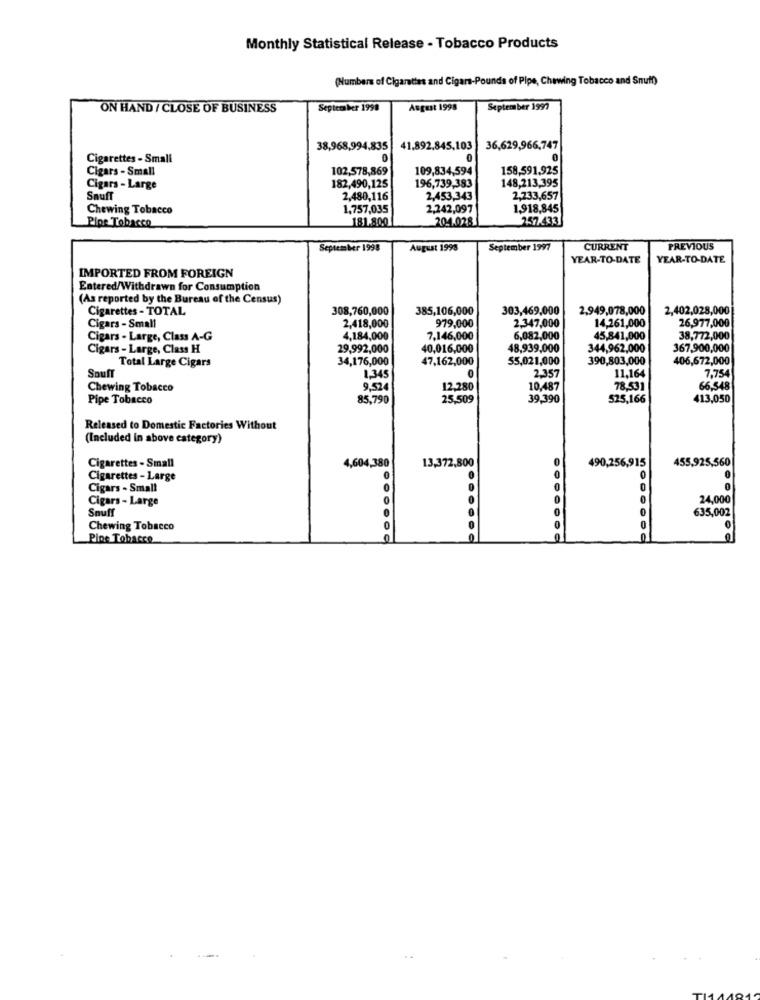
Monthly Statistical Release - Tobacco Products
(Numbers of Cigarettes and Cigars-Pounds of Pipe, Chewing Tobacco and Snuff)
ON HAND / CLOSE OF BUSINESS
September 1998
August 1998
September 1997
38,968,994.835
41,892.845,103
36,629,966,747
Cigarettes - Small
0
0
0
Cigars - Small
102,578,869
109,834,594
158,591,925
148,213,395
Cigars - Large
182,490,125
196,739,383
Snuff
2,480,116
2,453,343
2,233,657
Chewing Tobacco
1,757,035
2,242,097
1,918,845
Pipe Tobacco
181,800
204.028
257.433
September 1998
August 1998
September 1997
CURRENT
PREVIOUS
YEAR-TO-DATE
YEAR-TO-DATE
IMPORTED FROM FOREIGN
Entered/Withdrawn for Consumption
(As reported by the Bureau of the Census)
Cigarettes - TOTAL
308,760,000
385,106,000
303,469,000
2,949,078,000
2,402,028,000
Cigars - Small
2,418,000
979,000
2,347,000
14,261,000
26,977,000
Cigars - Large, Class A-G
4,184,000
7,146,000
6,082,000
45,841,000
38,772,000
Cigars - Large, Class H
29,992,000
40,016,000
48,939,000
344,962,000
367,900,000
Total Large Cigars
34,176,000
47,162,000
55,021,000
390,803,000
406,672,000
0
Souff
1,345
2,357
11,164
7,754
Chewing Tobacco
9.524
12,280
10,487
78,531
66,548
Pipe Tobacco
85,790
25,509
39,390
525,166
413,050
Released to Domestic Factories Without
(Included in above category)
Cigarettes - Small
4,604,380
13,372,800
490,256,915
455,925,560
0
Cigarettes - Large
Cigars - Small
Cigars - Large
0
24,000
0
635,002
Snuff
Chewing Tobacco
0
0
Pipe Tobacco
.......